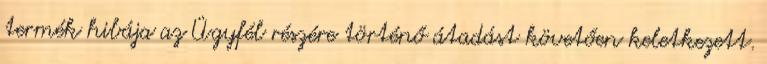
termék hibája az Ügyfél részére történő átadást követően keletkezett.